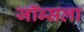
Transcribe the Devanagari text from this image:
जॉब्सला